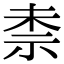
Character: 𮁤